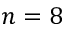
n = 8